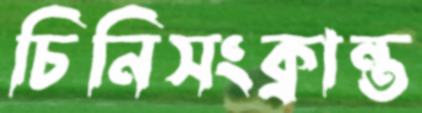
চিনিসংক্রান্ত